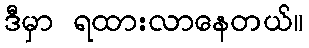
ဒီမှာ ရထားလာနေတယ်။